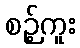
စဉ့်ကူး